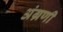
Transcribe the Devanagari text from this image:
अंग्रणी